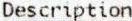
DESCRIPTION